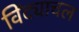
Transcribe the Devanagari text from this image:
विंद्याचल